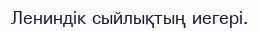
Лениндік сыйлықтың иегері.